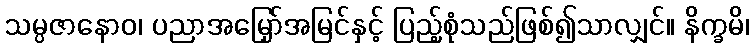
သမ္ပဇာနောဝ၊ ပညာအမြှော်အမြင်နှင့် ပြည့်စုံသည်ဖြစ်၍သာလျှင်။ နိက္ခမိ၊